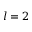
l = 2